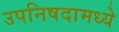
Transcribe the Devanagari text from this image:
उपनिषदामध्ये